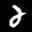
Label: 2